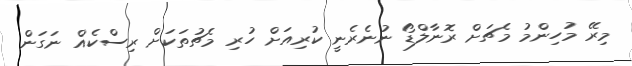
މިރޭ މުހިންމު މެޗަށް ރޮނާލްޑޯ ނުނެރެނީ ކުރިއަށް ހުރި މެޗުތަކަށް ރިސްކެއް ނަގަން